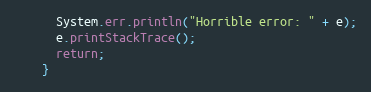
Language: Java
      System.err.println("Horrible error: " + e);
      e.printStackTrace();
      return;
    }